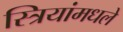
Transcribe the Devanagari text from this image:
स्त्रियांमधले